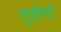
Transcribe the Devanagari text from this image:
तुर्वशों